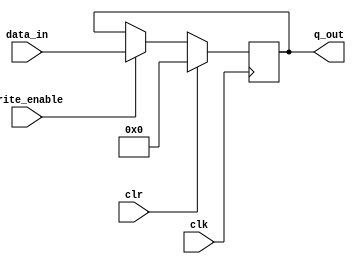
//DESCRIPTION:  Module for a 32-bit register with synchronized clr.
//
//
//INTERFACE:    I/O     NAME          DESCRIPTION
//              input:  data_in       32-bit data input
//                      write_enable  pin control write
//                      clr           synchronized clear
//                      clk           clock input, positive edge trigger
//              output: q_out         32-bit data output


module dffe32(
  data_in,write_enable,clk,clr,q_out
);

    //------------------------- Interface description  -----------------------------
    //32-bit data input
    input   [31:0] data_in;
    //32-bit data output
    output  [31:0] q_out;
    //clk is posedge triggered clock, clr is synchronized clear signal,
    //write is enabled when write_enable is one.
    input   clk,clr,write_enable;
    reg     [31:0] q_out;

    //--------------------------    Module implementation  -------------------------
    //clock is posedge triggered.    
    always @ (posedge clk)
    //synchronized clear signal.
        if (clr==1) begin
          q_out <= 0 ;
        end
        else begin
    //write enable if write_enable is high.
          if (write_enable) q_out <= data_in ;
        end
endmodule // dffe32